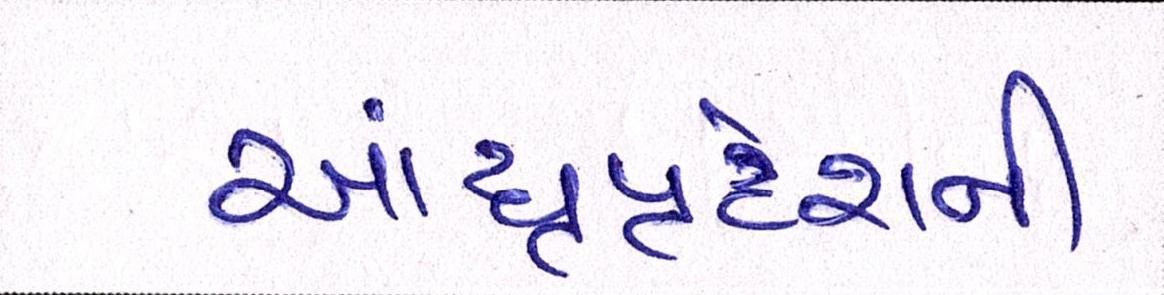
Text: આંધ્રપ્રદેશની